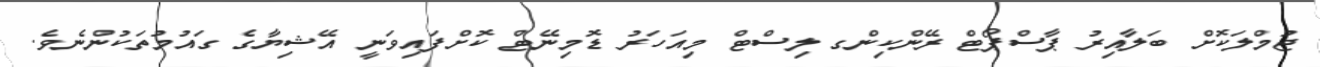
ޖުމްލަކޮށް ބަލާއިރު ޕާސްޕޯޓް ރޭންކިންގ ލިސްޓް މިއަހަރު ޑޮމިނޭޓް ކޮށްފައިވަނީ އޭޝިޔާގެ ގައުމުތަކުންނެވެ.